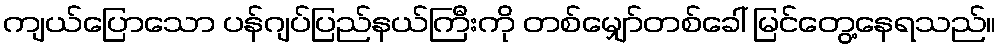
ကျယ်ပြောသော ပန်ဂျပ်ပြည်နယ်ကြီးကို တစ်မျှော်တစ်ခေါ် မြင်တွေ့နေရသည်။